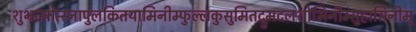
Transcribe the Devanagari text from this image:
शुभ्रज्योत्स्नापुलकितयामिनीम्फुल्लकुसुमितद्रुमदलशोभिनीम्सुहासिनीम्